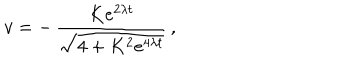
LaTeX: v = - \, \frac { K e ^ { 2 \lambda t } } { \sqrt { 4 + K ^ { 2 } e ^ { 4 \lambda t } } } \, ,